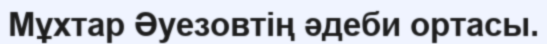
Мұхтар Әуезовтің әдеби ортасы.